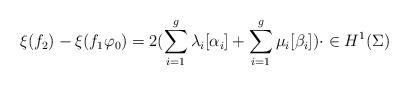
LaTeX: \begin{align*}\xi(f_2) - \xi(f_1\varphi_0) = 2(\sum^g_{i=1}\lambda_i[\alpha_i] + \sum^g_{i=1}\mu_i[\beta_i])\cdot \in H^1(\Sigma)\end{align*}